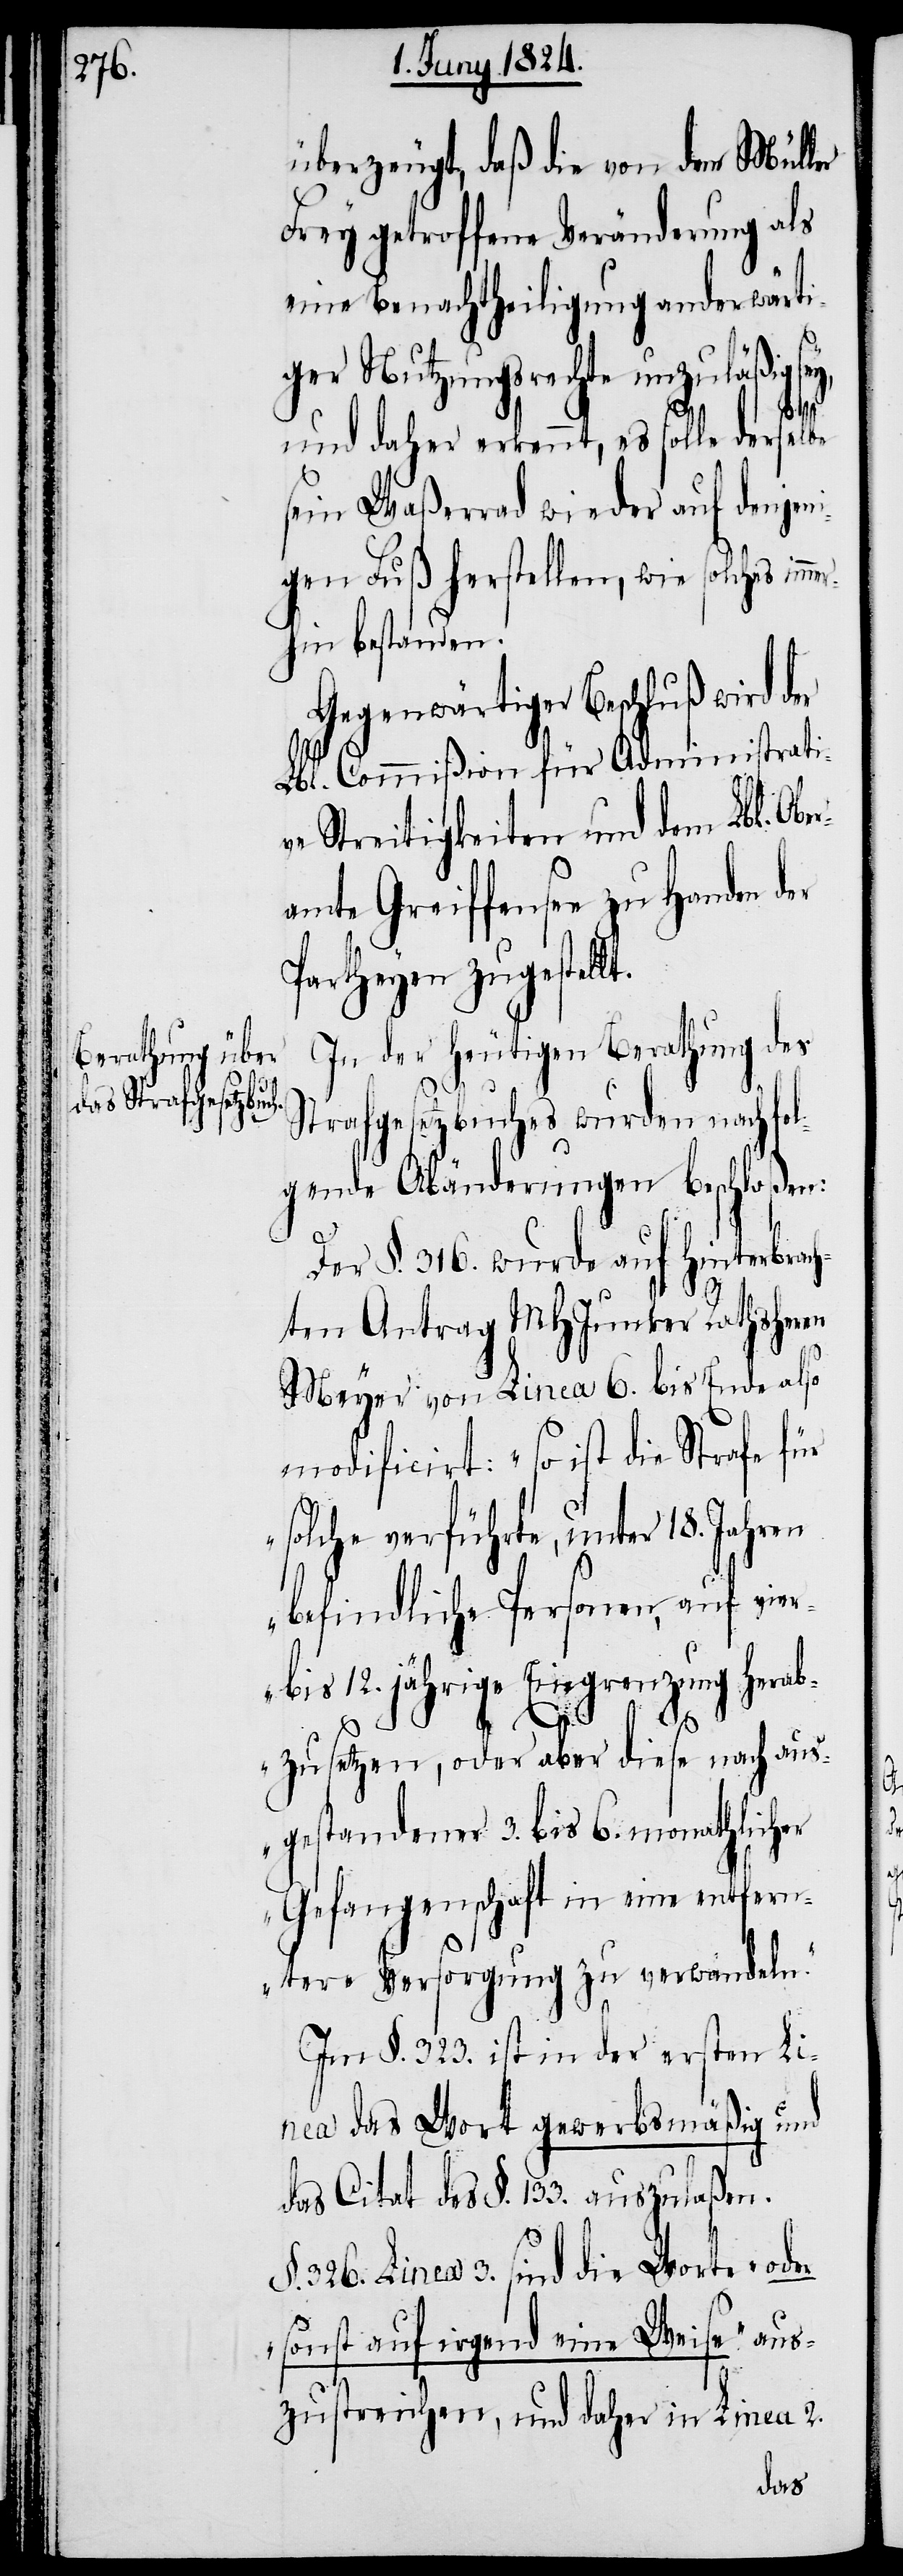
überzeugt, daß die von der Müller
Frey getroffene Veränderung als
eine Benachtheiligung anderwärti¬
ger Nutzungsrechte unzuläßig sey,
und daher erkennt, es solle derselbe
sein Waßerrad wieder auf denjen¬
igen Fuß herstellen, wie solches imm¬
erhin bestanden.
Gegenwärtiger Beschluß wird der
Lbl. Commißion für Administrati¬
ve Streitigkeiten und dem Lbl. Obe¬
ramte Greiffensee zu Handen der
Partheyen zugestel¬
In der heutigen Berathung des
Strafgesetzbuches wurden nachfol¬
gende Abänderungen beschloßen:
Der §. 316. wurde auf hinterbrac¬
hten Antrag MHJunker Rathsherrn
Meyer von Linea 6. bis Ende also
modificirt: „So ist die Strafe für
solche verführte, unter 18. Jahren
befindliche Personen, auf vier-
bis 12. jährige Eingrenzung herab¬
lt.
zusetzen, oder aber diese nach aus¬
gestandener 3. bis 6. monathlicher
Gefangenschaft in eine entfern¬
tere Versorgung zu verwandeln.“
Im §. 323. ist in der ersten Li¬
nea das Wort gewerbsmäßig und
das Citat des §. 133. auszulaßen.
§. 326. Linea 3. sind die Worte „oder
sonst auf irgendeine Weise“ aus¬
zustreichen, und daher in Linea 2.